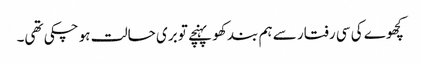
کچھوے کی سی رفتار سے ہم بند کھو پہنچے تو بری حالت ہو چکی تھی۔